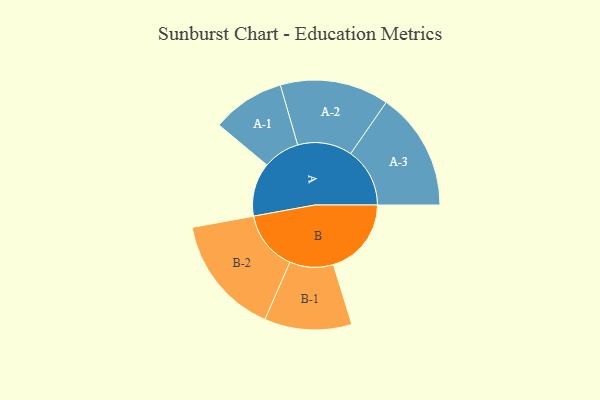
{"axis": {"x": "Segment", "y": "Value"}, "legend": ["", "A", "B"], "data": [{"x": "A", "y": 194, "type": ""}, {"x": "B", "y": 282, "type": ""}, {"x": "A-1", "y": 132, "type": "A"}, {"x": "A-2", "y": 197, "type": "A"}, {"x": "A-3", "y": 214, "type": "A"}, {"x": "B-1", "y": 158, "type": "B"}, {"x": "B-2", "y": 217, "type": "B"}]}